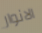
الانوار